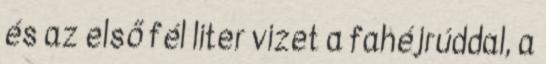
és az első fél liter vizet a fahéjrúddal, a